Investigations into the jail dietaries of the United Provinces with some observations on the influence of dietary on the physical development and well-being of the people of the United Provinces - Number 48
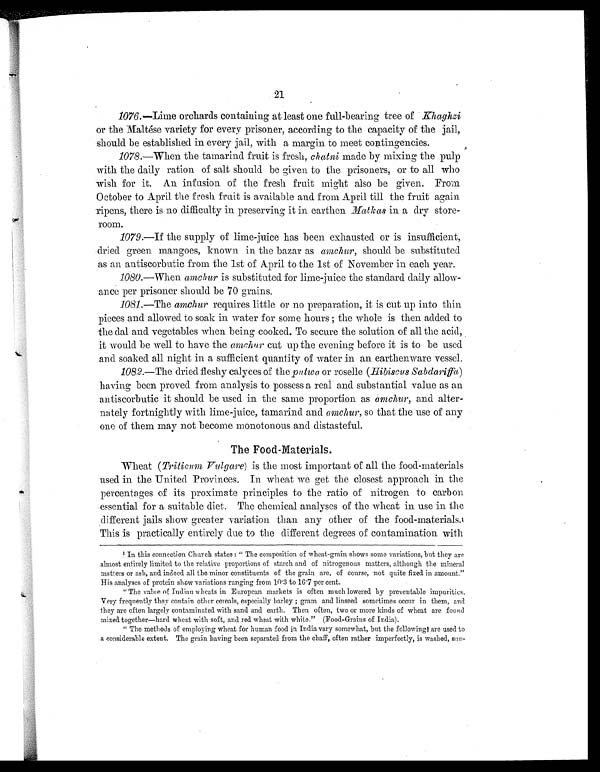
21
1076. —Lime orchards containing at least one full-bearing tree of Khaghzi
or the Maltése variety for every prisoner, according to the capacity of the jail,
should be established in every jail, with a margin to meet contingencies.
1078.—When the tamarind fruit is fresh, chatni made by mixing the pulp
with the daily ration of salt should be given to the prisoners, or to all who
wish for it. An infusion of the fresh fruit might also be given. From
October to April the fresh fruit is available and from April till the fruit again
ripens, there is no difficulty in preserving it in earthen Matkas in a dry store-
room.
1079.—If the supply of lime-juice has been exhausted or is insufficient,
dried green mangoes, known in the bazar as amchur, should be substituted
as an antiscorbutic from the 1st of April to the 1st of November in each year.
1080.—When amchur is substituted for lime-juice the standard daily allow-
ance per prisoner should be 70 grains.
1081.—The amchur requires little or no preparation, it is cut up into thin
pieces and allowed to soak in water for some hours ; the whole is then added to
the dal and vegetables when being cooked. To secure the solution of all the acid,
it would be well to have the amchur cut up the evening before it is to be used
and soaked all night in a sufficient quantity of water in an earthenware vessel.
1082.—The dried fleshy calyces of the putwa or roselle (Hibiscus Sabdariffa)
having been proved from analysis to possess a real and substantial value as an
antiscorbutic it should be used in the same proportion as amchur, and alter-
nately fortnightly with lime-juice, tamarind and amchur, so that the use of any
one of them may not become monotonous and distasteful.
The Food-Materials.
Wheat ( Triticum Vulgare) is the most important of all the food-materials
used in the United Provinces. In wheat we get the closest approach in the
percentages of its proximate principles to the ratio of nitrogen to carbon
essential for a suitable diet. The chemical analyses of the wheat in use in the
different jails show greater variation than any other of the food-materials. 1
This is practically entirely due to the different degrees of contamination with
1 In this connection Church states : " The composition of wheat-grain shows some variations, but they are
almost entirely limited to the relative proportions of starch and of nitrogenous matters, although the mineral
matters or ash, and indeed all the minor constituents of the grain are, of course, not quite fixed in amount."
His analyses of protein show variations ranging from 10.3 to 16.7 per cent.
" The value of Indian wheats in European markets is often much lowered by preventable impurities.
Very frequently they contain other cereals, especially barley ; gram and linseed sometimes occur in them, and
they are often largely contaminated with sand and earth. Then often, two or more kinds of wheat are found
mixed together—hard wheat with soft, and red wheat with white." (Food-Grains of India).
" The methods of employing wheat for human food in India vary somewhat, but the following are used to
a considerable extent. The grain having been separated from the chaff, often rather imperfectly, is washed, sun-